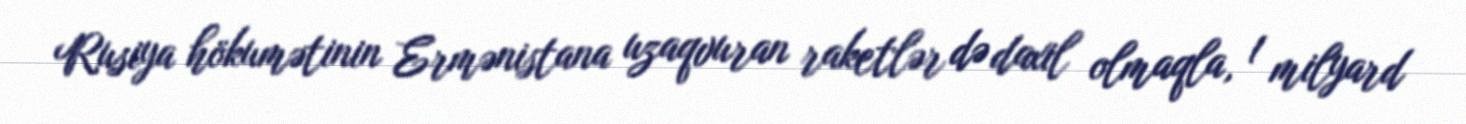
Rusiya hökumətinin Ermənistana uzaqvuran raketlər də daxil olmaqla, 1 milyard